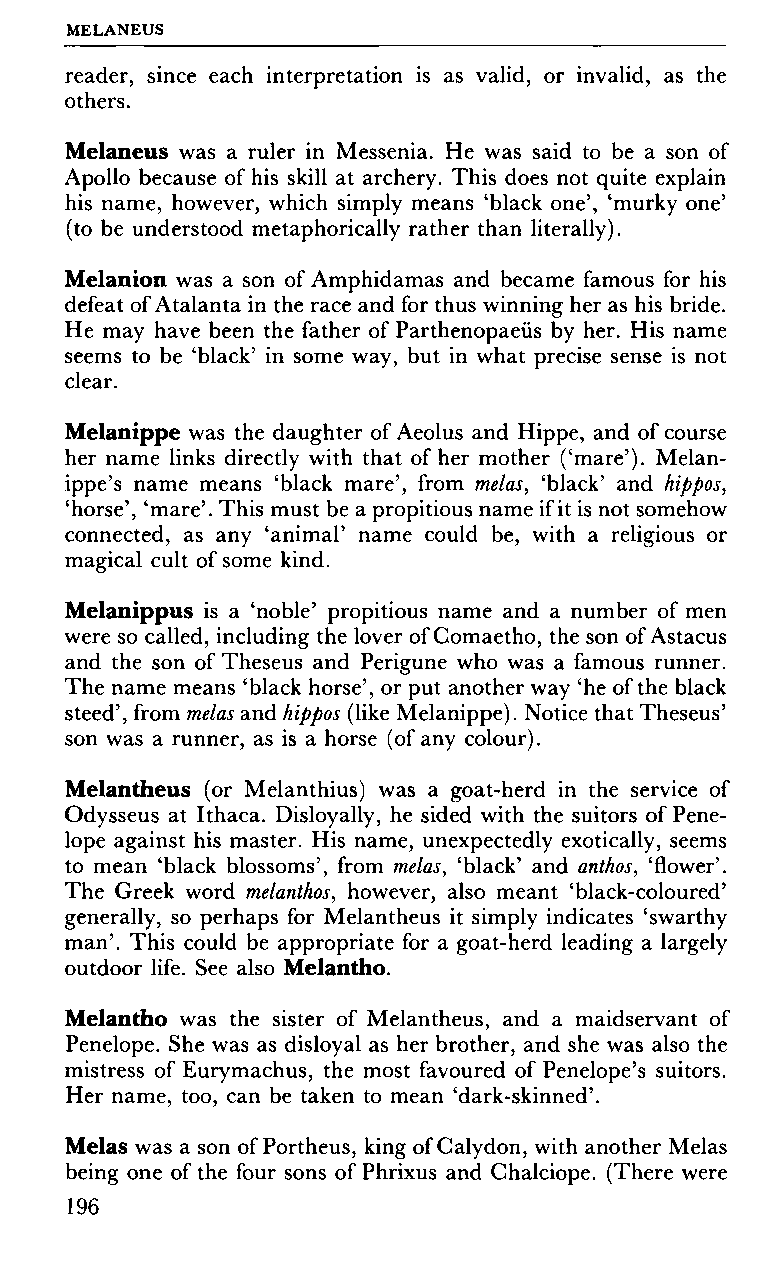
MELANEUS
 reader, since each interpretation is as valid, or invalid, as the
 others.
 Melaneus was a ruler in Messenia. He was said to be a son of
 Apollo because of his skill at archery. This does not quite explain
 his name, however, which simply means 'black one', 'murky one'
 (to be understood metaphorically rather than literally).
 Melanion was a son of Amphidamas and became famous for his
 defeat of Atalanta in the race and for thus winning her as his bride.
 He may have been the father of Parthenopaeüs by her. His name
 seems to be 'black' in some way, but in what precise sense is not
 clear.
 Melanippe was the daughter of Aeolus and Hippe, and of course
 her name links directly with that of her mother ('mare'). Melan-
 ippe's name means 'black mare', from meias, 'black' and hippos,
 'horse', 'mare'. This must be a propitious name if it is not somehow
 connected, as any 'animal' name could be, with a religious or
 magical cult of some kind.
 Melanippus is a 'noble' propitious name and a number of men
 were so called, including the lover of Comaetho, the son of Astacus
 and the son of Theseus and Perigune who was a famous runner.
 The name means 'black horse', or put another way 'he of the black
 steed', from meias and hippos (like Melanippe). Notice that Theseus'
 son was a runner, as is a horse (of any colour).
 Melantheus (or Melanthius) was a goat-herd in the service of
 Odysseus at Ithaca. Disloyally, he sided with the suitors of Pene
 lope against his master. His name, unexpectedly exotically, seems
 to mean 'black blossoms', from meias, 'black' and anthos, 'flower'.
 The Greek word melanthos, however, also meant 'black-coloured'
 generally, so perhaps for Melantheus it simply indicates 'swarthy
 man'. This could be appropriate for a goat-herd leading a largely
 outdoor life. See also Melantho.
 Melantho was the sister of Melantheus, and a maidservant of
 Penelope. She was as disloyal as her brother, and she was also the
 mistress of Eurymachus, the most favoured of Penelope's suitors.
 Her name, too, can be taken to mean 'dark-skinned'.
 Meias was a son of Portheus, king of Calydon, with another Meias
 being one of the four sons of Phrixus and Chalciope. (There were
 196